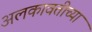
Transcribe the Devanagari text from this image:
अलकावतीच्या